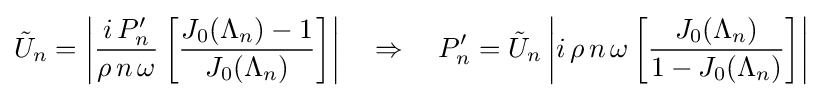
{\tilde {U}}_{n}=\left|{\frac {i\,P'_{n}}{\rho \,n\,\omega }}\left[{\frac {J_{0}(\Lambda _{n})-1}{J_{0}(\Lambda _{n})}}\right]\right|\quad \Rightarrow \quad P'_{n}={\tilde {U}}_{n}\left|i\,\rho \,n\,\omega \left[{\frac {J_{0}(\Lambda _{n})}{1-J_{0}(\Lambda _{n})}}\right]\right|